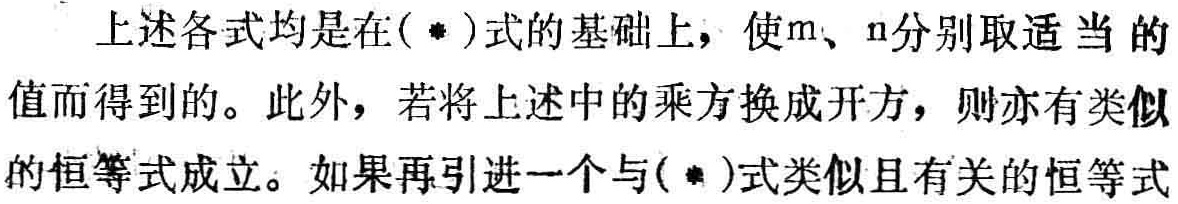
上述各式均是在( *)式的基础上，使\(m\)、\(n\)分别取适当的值而得到的。此外，若将上述中的乘方换成开方，则亦有类似的恒等式成立。如果再引进一个与( *)式类似且有关的恒等式